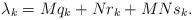
LaTeX: \begin{align*}\lambda_{k}=M q_{k}+N r_{k}+M N s_{k}.\end{align*}